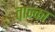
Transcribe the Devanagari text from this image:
तान्का